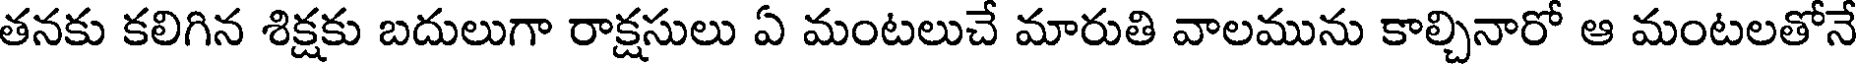
తనకు కలిగిన శిక్షకు బదులుగా రాక్షసులు ఏ మంటలుచే మారుతి వాలమును కాల్చినారో ఆ మంటలతోనే